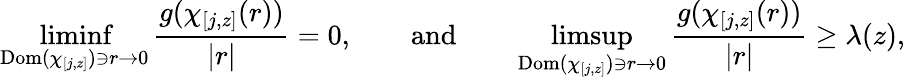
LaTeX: \operatorname*{liminf}_{\mathrm{Dom}(\chi_{[j,z]})\ni r\to 0}\frac{g(\chi_{[j,z]}(r))}{\lvert r\rvert}=0,\qquad\mathrm{and}\qquad\operatorname*{limsup}_{\mathrm{Dom}(\chi_{[j,z]})\ni r\to 0}\frac{g(\chi_{[j,z]}(r))}{\lvert r\rvert}\geq\lambda(z),